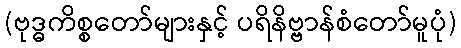
(ဗုဒ္ဓကိစ္စတော်များနှင့် ပရိနိဗ္ဗာန်စံတော်မူပုံ)